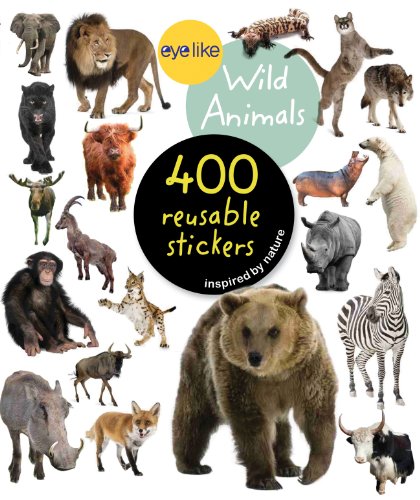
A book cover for Eyelike Stickers: Wild Animals; Workman Publishing; Crafts, Hobbies & Home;